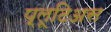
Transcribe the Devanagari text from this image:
प्लूटिअस